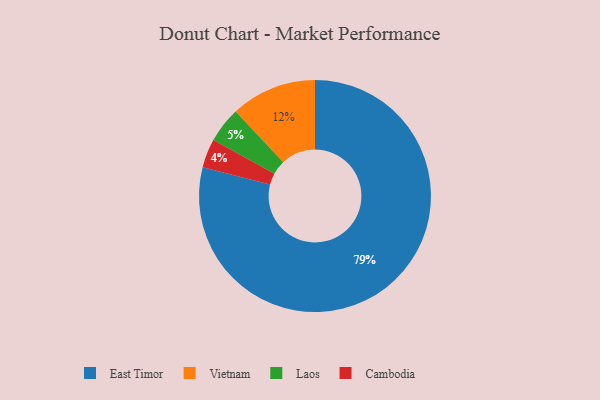
{"axis": {"x": "Category", "y": "Percentage"}, "legend": ["Cambodia", "East Timor", "Laos", "Vietnam"], "data": [{"x": "East Timor", "y": 79, "type": "East Timor"}, {"x": "Vietnam", "y": 12, "type": "Vietnam"}, {"x": "Cambodia", "y": 4, "type": "Cambodia"}, {"x": "Laos", "y": 5, "type": "Laos"}]}